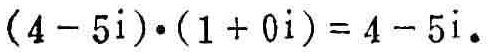
\((4 - 5\mathrm{i})\cdot(1 + 0\mathrm{i}) = 4 - 5\mathrm{i}\)